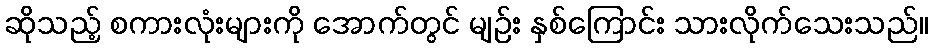
ဆိုသည့် စကားလုံးများကို အောက်တွင် မျဉ်း နှစ်ကြောင်း သားလိုက်သေးသည်။